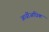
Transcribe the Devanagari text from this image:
अर्धीअधिक